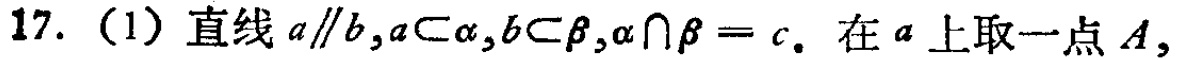
17. (1) 直线 \(a\parallel b,a\subset\alpha,b\subset\beta,\alpha\cap\beta = c\). 在 \(a\) 上取一点 \(A\),